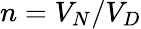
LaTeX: n=V_{N}/V_{D}